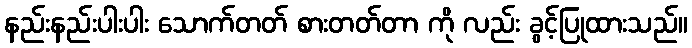
နည်းနည်းပါးပါး သောက်တတ် စားတတ်တာ ကို လည်း ခွင့်ပြုထားသည်။